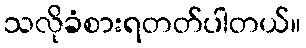
သလိုခံစားရတတ်ပါတယ်။